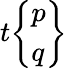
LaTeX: t{\left\{ \begin{array}{l}{p}\\ {q}\end{array}\right\} }